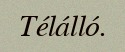
Télálló.